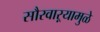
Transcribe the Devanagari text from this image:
सौरवाऱ्यामुळे